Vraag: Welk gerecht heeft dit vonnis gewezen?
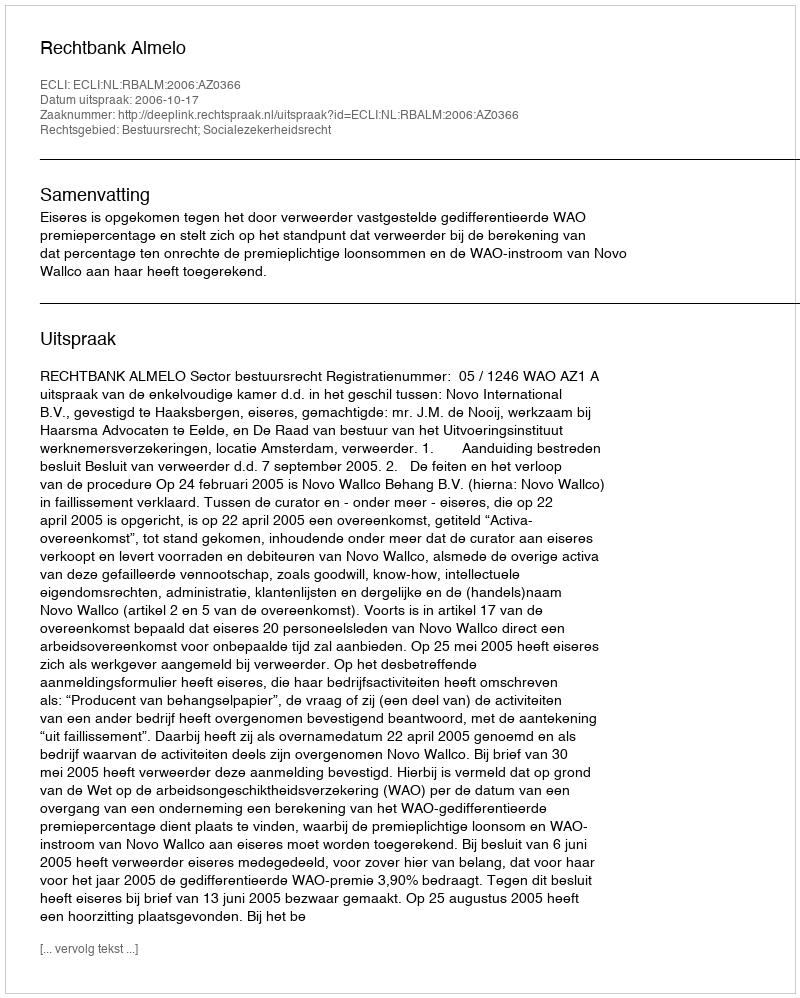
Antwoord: Rechtbank Almelo